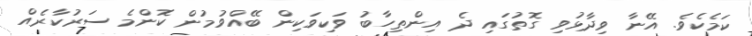
ކަމެކެވެ. އޭނާ ވިދާޅުވި ގޮތުގައި ދެ އިންތިހާބު ވަކިވަކިން ބޭއްވުމުން ކޮންމެ ސަރުކާރެއް